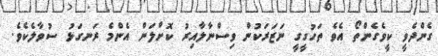
ގެންދެވީ ކީވެގެންތޯ އެވެ ތަހުގީގީ ނަޒަރަކުން ވިސްނާލާއިރު ކޮށްލަން އެންމެ ރަނގަޅު ސުވާލެކެވެ.